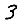
Digit: 3